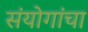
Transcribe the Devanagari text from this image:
संयोगांचा